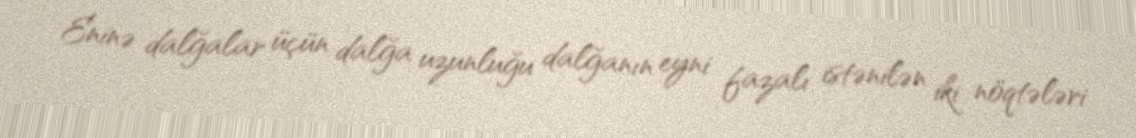
Eninə dalğalar üçün dalğa uzunluğu dalğanın eyni fazalı istənilən iki nöqtələri